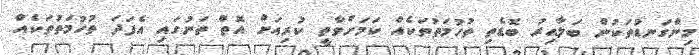
މިންގަނޑުތަކުން ބަލާއިރު ބޮޑެތި ތުހުމަތުތަކެއް ކަމަށްވާތީ ކުރިއަށް އޮތް ތަނުގައި އެފަދަ ތުހުމަތުތަކެއް